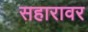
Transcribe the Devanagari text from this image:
सहारावर